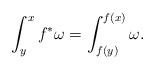
LaTeX: \begin{align*}\int ^x _y f^* \omega =\int ^{f(x)}_{f(y)}\omega .\end{align*}